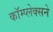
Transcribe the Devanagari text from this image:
कॉम्प्लेक्सने